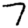
Digit: 7